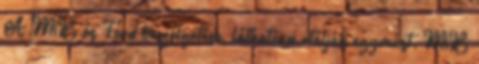
A MiB és Ford beszélgetése, láthatóan utálják egymást. MiB